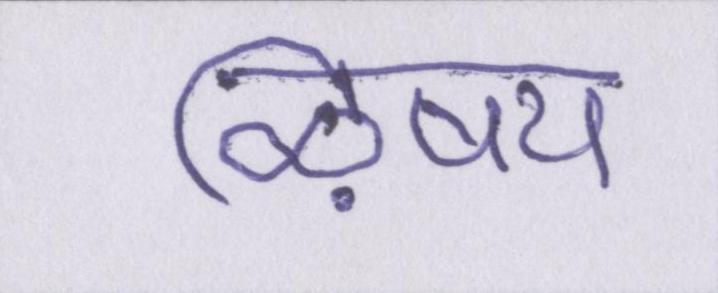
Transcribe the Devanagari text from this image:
ऴिषय